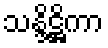
သန္ဒိဋ္ဌိကာ